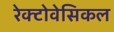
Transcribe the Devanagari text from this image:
रेक्टोवेसिकल